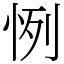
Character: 㤡